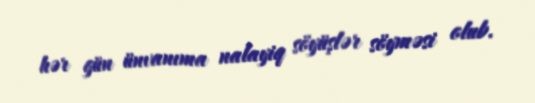
hər gün ünvanıma nalayiq söyüşlər söyməsi olub.